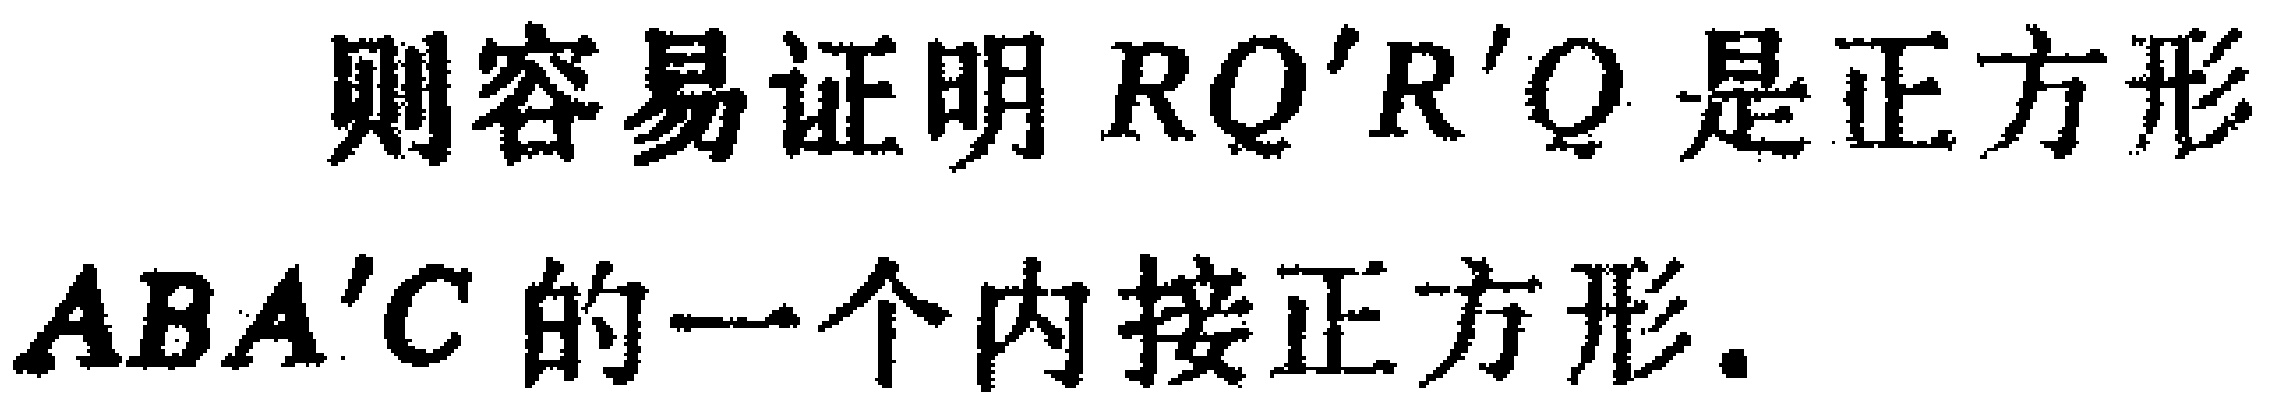
则容易证明 \(RQ'R'Q\) 是正方形 \(ABA'C\) 的一个内接正方形.